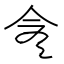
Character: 𠆭